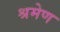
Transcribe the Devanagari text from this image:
श्रमेण